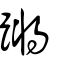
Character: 蹡